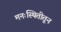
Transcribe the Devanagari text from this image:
मनःस्थितीतून